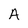
Character: A